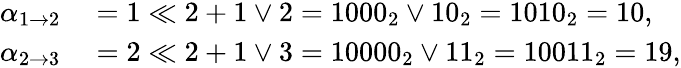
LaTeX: \begin{array}{rl}{\alpha_{1\to 2}}&{{}=1\ll 2+1\lor 2=1000_{2}\lor 10_{2}=1010_{2}=10,}\\ {\alpha_{2\to 3}}&{{}=2\ll 2+1\lor 3=10000_{2}\lor 11_{2}=10011_{2}=19,}\end{array}